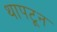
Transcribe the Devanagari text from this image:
थापटून